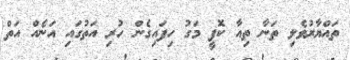
ތައްޔާރުވެލި ތަނާ ތިއާ ކޮފީ މަގު ހިފައިގެން ހުރި އަތުގައި އަނެއް އަތް